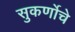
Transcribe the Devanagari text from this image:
सुकर्णोचे